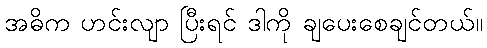
အဓိက ဟင်းလျာ ပြီးရင် ဒါကို ချပေးစေချင်တယ်။